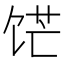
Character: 𬲹